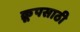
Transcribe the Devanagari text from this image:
क्रूपसाठी